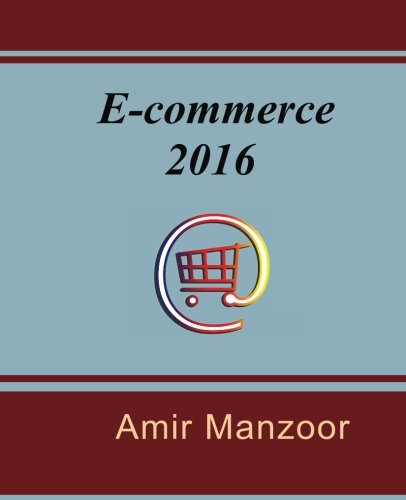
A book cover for E-Commerce 2016; Mr Amir Manzoor; Computers & Technology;